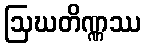
ဩဃတိဏ္ဏဿ